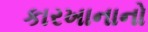
કારખાનાનો